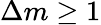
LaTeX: \Delta m\geq 1